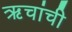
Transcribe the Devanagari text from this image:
ऋचांची